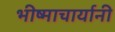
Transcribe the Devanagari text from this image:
भीष्माचार्यानी